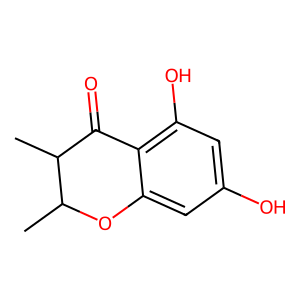
SMILES: CC1Oc2cc(O)cc(O)c2C(=O)C1C
Inhibits HIV replication: No